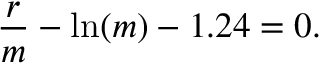
{ \frac { r } { m } } - \ln ( m ) - 1 . 2 4 = 0 .